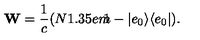
{ \bf W } = \frac { 1 } { c } ( N { 1 \kern - 0 . 3 5 e m \llap 1 } - | e _ { 0 } \rangle \langle e _ { 0 } | ) .